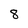
Character: 8